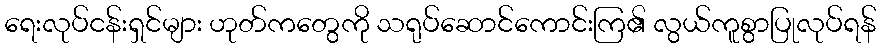
ရေးလုပ်ငန်းရှင်များ ဟုတ်ကတွေကို သရုပ်ဆောင်ကောင်းကြ၏ လွယ်ကူစွာပြုလုပ်ရန်